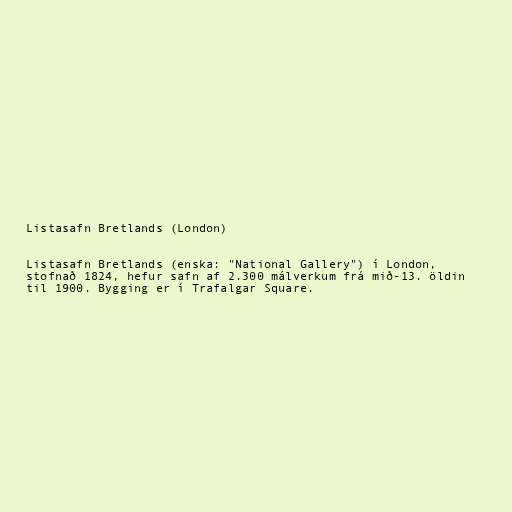
Listasafn Bretlands (London)

Listasafn Bretlands (enska: "National Gallery") í London,
stofnað 1824, hefur safn af 2.300 málverkum frá mið-13. öldin
til 1900. Bygging er í Trafalgar Square.